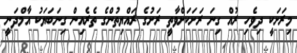
މިރަށަކީ ދިވެހި ރުއް ގިނަ ރަށަކަށްވާތީ ރަށުގެ ރައްޔިތުންގެ ތެރެއިން ގިނަބަޔަކު އާމްދަނީ